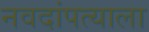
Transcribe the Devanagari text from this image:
नवदांपत्याला